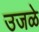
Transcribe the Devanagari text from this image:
उजळे